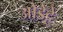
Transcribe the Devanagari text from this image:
ओडेट्टे